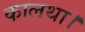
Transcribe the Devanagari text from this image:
कालथा।